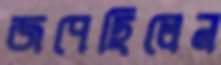
জপেছিলেন